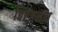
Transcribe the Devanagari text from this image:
बिरहमन